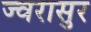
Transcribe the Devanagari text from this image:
ज्वरासुर